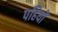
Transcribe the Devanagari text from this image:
पहियोें